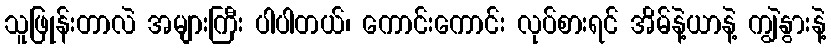
သူဖြုန်းတာလဲ အများကြီး ပါပါတယ်၊ ကောင်းကောင်း လုပ်စားရင် အိမ်နဲ့ယာနဲ့ ကျွဲနွားနဲ့